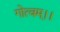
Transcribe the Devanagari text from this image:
गोत्वम्।।